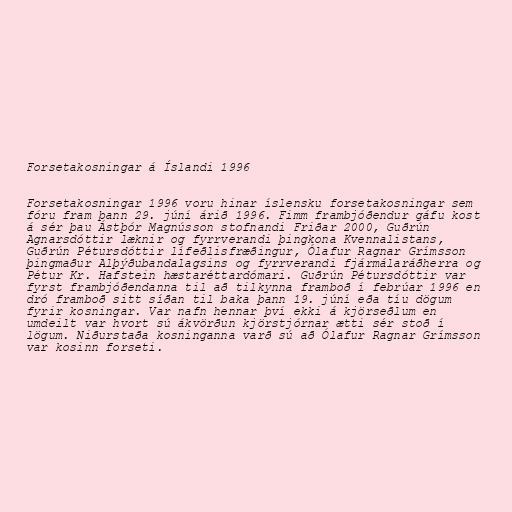
Forsetakosningar á Íslandi 1996

Forsetakosningar 1996 voru hinar íslensku forsetakosningar sem
fóru fram þann 29. júní árið 1996. Fimm frambjóðendur gáfu kost
á sér þau Ástþór Magnússon stofnandi Friðar 2000, Guðrún
Agnarsdóttir læknir og fyrrverandi þingkona Kvennalistans,
Guðrún Pétursdóttir lífeðlisfræðingur, Ólafur Ragnar Grímsson
þingmaður Alþýðubandalagsins og fyrrverandi fjármálaráðherra og
Pétur Kr. Hafstein hæstaréttardómari. Guðrún Pétursdóttir var
fyrst frambjóðendanna til að tilkynna framboð í febrúar 1996 en
dró framboð sitt síðan til baka þann 19. júní eða tíu dögum
fyrir kosningar. Var nafn hennar því ekki á kjörseðlum en
umdeilt var hvort sú ákvörðun kjörstjórnar ætti sér stoð í
lögum. Niðurstaða kosninganna varð sú að Ólafur Ragnar Grímsson
var kosinn forseti.